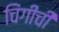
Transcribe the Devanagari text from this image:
चिंगीची